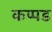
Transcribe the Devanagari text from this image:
कप्पड